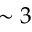
\sim 3